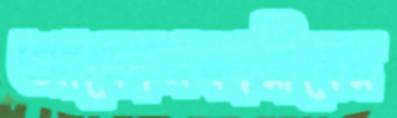
আবেদনকারীদের